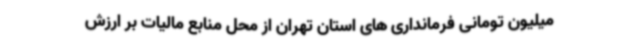
میلیون تومانی فرمانداری های استان تهران از محل منابع مالیات بر ارزش